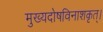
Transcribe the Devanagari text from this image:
मुख्यदोषविनाशकृत्।